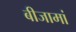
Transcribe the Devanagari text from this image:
बीजामां